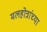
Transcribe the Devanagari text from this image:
मलहोत्रांच्या